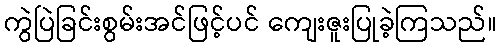
ကွဲပြဲခြင်းစွမ်းအင်ဖြင့်ပင် ကျေးဇူးပြုခဲ့ကြသည်။